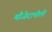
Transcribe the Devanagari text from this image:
मौजेदापोली